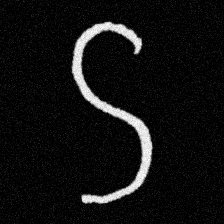
Pyu character \u2014 Myanmar letter: ဌ (romanized: ttha)